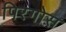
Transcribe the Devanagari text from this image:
पिरगोस